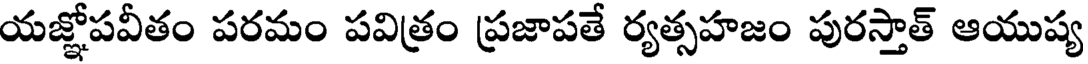
యజ్ఞోపవీతం పరమం పవిత్రం ప్రజాపతే ర్యత్సహజం పురస్తాత్ ఆయుష్య